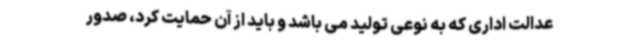
عدالت اداری که به نوعی تولید می باشد و باید از آن حمایت کرد، صدور